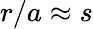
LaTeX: r/a\approx s